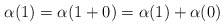
\begin{align*}\alpha(1) = \alpha(1+0) = \alpha(1) + \alpha(0) \end{align*}